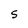
Character: S